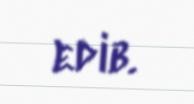
edib.